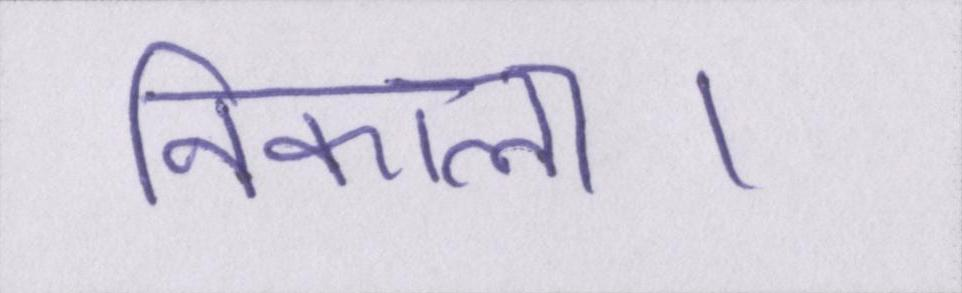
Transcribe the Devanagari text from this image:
निकाला।